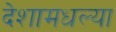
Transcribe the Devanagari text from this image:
देशामधल्या